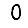
Digit: 0